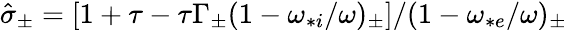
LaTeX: \hat{\sigma}_{\pm}=\left[1+\tau-\tau\Gamma_{\pm}(1-\omega_{*i}/\omega)_{\pm}\right]/(1-\omega_{*e}/\omega)_{\pm}